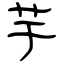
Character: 芋